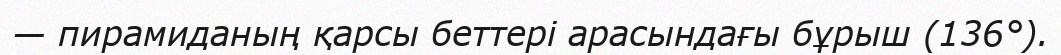
— пирамиданың қарсы беттері арасындағы бұрыш (136°).